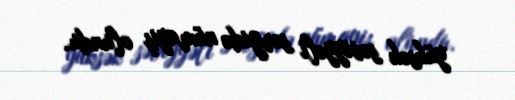
yüksək səviyyəli sərgidə nümayiş olundu.